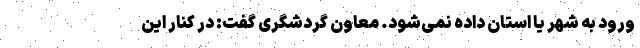
ورود به شهر یا استان داده نمی‌شود. معاون گردشگری گفت: در کنار این